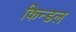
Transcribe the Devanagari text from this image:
किन्डल